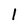
Character: l